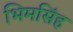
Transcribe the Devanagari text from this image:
भिमसिंह